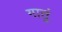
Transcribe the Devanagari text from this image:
गातुं